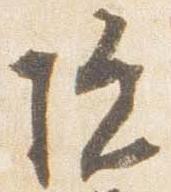
院